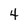
Character: 4